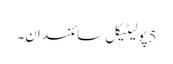
5 پولیٹیکل سائنسدان۔